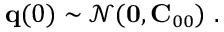
{ \bf q } ( 0 ) \sim \mathcal { N } ( { \bf 0 } , { \bf C } _ { 0 0 } ) \mathrm { ~ . ~ }